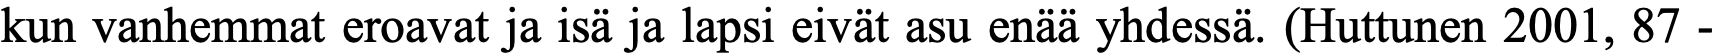
kun vanhemmat eroavat ja isä ja lapsi eivät asu enää yhdessä. (Huttunen 2001, 87 -